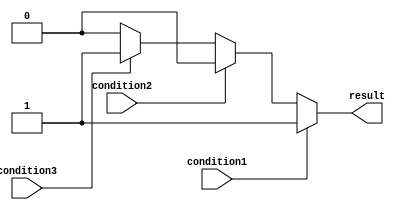
module if_else_ladder (
    input wire condition1,
    input wire condition2,
    input wire condition3,
    output reg result
);

always @* begin
    if (condition1) begin
        // Action for condition1 being true
        result = 1;
    end
    else if (condition2) begin
        // Action for condition2 being true
        result = 2;
    end
    else if (condition3) begin
        // Action for condition3 being true
        result = 3;
    end
    else begin
        // Default action if none of the conditions are true
        result = 0;
    end
end

endmodule